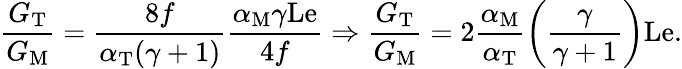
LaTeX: \frac{G_{\mathrm{T}}}{G_{\mathrm{M}}}=\frac{8f}{\alpha_{\mathrm{T}}(\gamma+1)}\frac{\alpha_{\mathrm{M}}\gamma\mathrm{Le}}{4f}\Rightarrow\frac{G_{\mathrm{T}}}{G_{\mathrm{M}}}=2\frac{\alpha_{\mathrm{M}}}{\alpha_{\mathrm{T}}}\bigg(\frac{\gamma}{\gamma+1}\bigg)\mathrm{Le}.